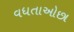
વધતાઓછા